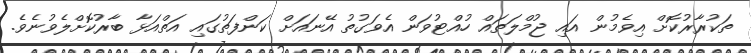
ތަކުރާރުކޮށް އިވެމުން އައި ޖުމްލަތައް ހުއްޓުވަން އެވަގުތު އޭނައަށް ކަންފަތުގައި އަތްއަޅާ ބާރުކޮށްލެވުނެވެ.